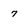
Character: 7